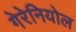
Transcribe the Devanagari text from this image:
गेरेनियोल